Assam Mental Hospital (Tezpur, India) - 1933-1948
Year: 1933
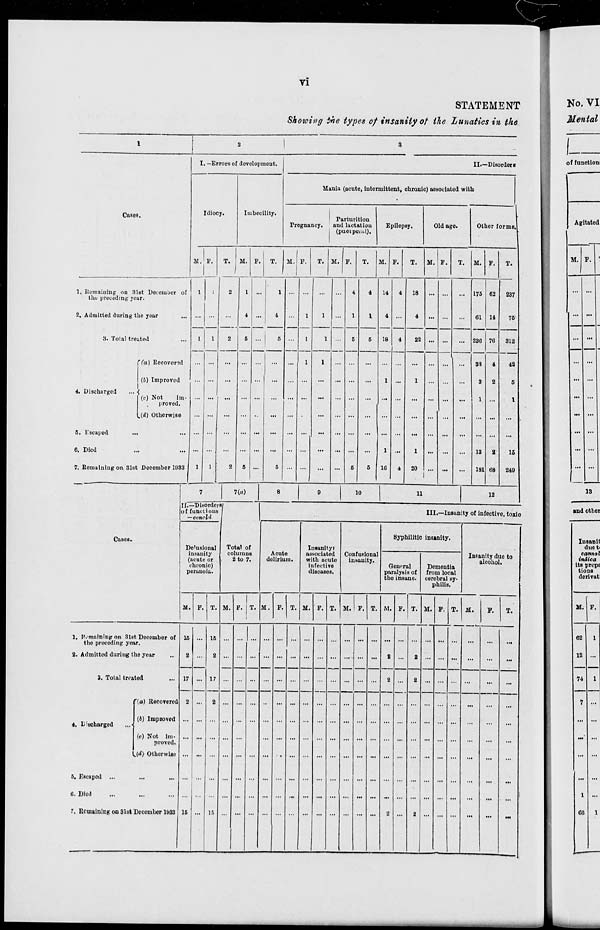
vi
STATEMENT
Showing the types of insanity of the Lunatics in the
1
Cases.
1. Remaining on 31st December of
the preceding year.
2. Admitted during the year ...
3. Total treated ...
4. Discharged ...
(a) Recovered
(b) Improved
(c) Not
im-
proved.
(d) Otherwise
5.
Escaped
... ...
6. Died ... ...
7. Remaining on 31st December 1933
2
I. —Errors of development.
Idiocy.
M.
1
...
1
...
...
...
...
...
...
1
F.
1
...
1
...
...
...
...
...
...
1
T.
2
...
2
...
...
...
...
...
...
2
Imbecility.
M.
1
4
5
...
...
...
...
...
...
5
F.
...
...
...
...
...
...
...
...
...
...
T.
1
4
5
...
...
...
...
...
...
5
3
II.—Disorders
Mania (acute, intermittent, chronic) associated with
Pregnancy.
M.
...
...
...
...
...
...
...
...
...
...
F.
...
1
1
1
...
...
...
...
...
...
T.
...
1
1
1
...
...
...
...
...
...
Parturition
and lactation
(puerporal).
M.
...
...
...
...
...
...
...
...
...
...
F.
4
1
5
...
...
...
...
...
...
5
T.
4
1
5
...
...
...
...
...
...
5
Epilepsy.
M.
14
4
18
...
1
...
...
...
1
16
F.
4
...
4
...
...
...
...
...
...
4
T.
18
4
22
...
1
...
...
...
1
20
Old age.
M.
...
...
...
...
...
...
...
...
...
...
F.
...
...
...
...
...
...
...
...
...
...
T.
...
...
...
...
...
...
...
...
...
...
Other forms.
M.
175
61
236
38
3
1
...
...
13
181
F.
62
14
76
4
2
...
...
...
2
68
T.
237
75
312
42
5
1
...
...
15
249
Cases.
1. Remaining on 31st December of
the preceding year.
2. Admitted during the year ...
3. Total treated ...
4. Discharged ...
(a) Recovered
(b) Improved
(c) Not im-
proved.
(d) Otherwise
5. Escaped ... ... ...
6. Died ... ... ...
7. Remaining on 31st December 1933
7
II.—Disorders
of functions
—concld
Delusional
insanity
(acute or
chronic)
peranoia.
M.
15
2
17
2
...
...
...
...
...
15
F.
...
...
...
...
...
...
...
...
...
...
T.
15
2
17
2
...
...
...
...
...
15
7(a)
Total of
columns
2 to 7.
M.
...
...
...
...
...
...
...
...
...
...
F.
...
...
...
...
...
...
...
...
...
...
T.
...
...
...
...
...
...
...
...
...
...
8
9
10
11
12
III.—Insanity of infective, toxic
Acute
delirium.
M.
...
...
...
...
...
...
...
...
...
...
F.
...
...
...
...
...
...
...
...
...
...
T.
...
...
...
...
...
...
...
...
...
...
Insanity
associated
with acute
infective
diseases.
M.
...
...
...
...
...
...
...
...
...
...
F.
...
...
...
...
...
...
...
...
...
...
T.
...
...
...
...
...
...
...
...
...
...
Confusional
insanity.
M.
...
...
...
...
...
...
...
...
...
...
F.
...
...
...
...
...
...
...
...
...
...
T.
...
...
...
...
...
...
...
...
...
...
Syphilitic insanity.
General
paralysis of
the insane.
M.
...
2
2
...
...
...
...
...
...
2
F.
...
...
...
...
...
...
...
...
...
...
T.
...
2
2
...
...
...
...
...
...
2
Dementia
from local
cerebral sy-
philis.
M.
...
...
...
...
...
...
...
...
...
...
F.
...
...
...
...
...
...
...
...
...
...
T.
...
...
...
...
...
...
...
...
...
...
Insanity due to
alcohol.
M.
...
...
...
...
...
...
...
...
...
...
F.
...
...
...
...
...
...
...
...
...
...
T.
...
...
...
...
...
...
...
...
...
...